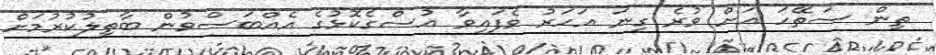
ތިން ސަތޭހަ އަށް ވުރެ ގިނަ އަހަރު ވެފައިވާ އުސްގެކޮޅުގެ އެއްބަސްވުން ބާތިލުކުރުމަށް